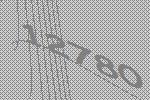
12780